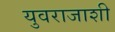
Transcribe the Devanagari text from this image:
युवराजाशी